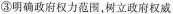
③明确政府权力范围，树立政府权威